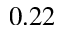
0 . 2 2